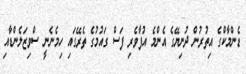
ޑެންމާކްގެ އިތުރުން ދުނިޔޭގެ އެންމެ އުފާވެރި ފަސް ގައުމުގެ ތެރޭގައި ހިމެނެނީ ސްވިޒަލެންޑާއި